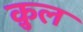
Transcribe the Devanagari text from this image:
क़ुल